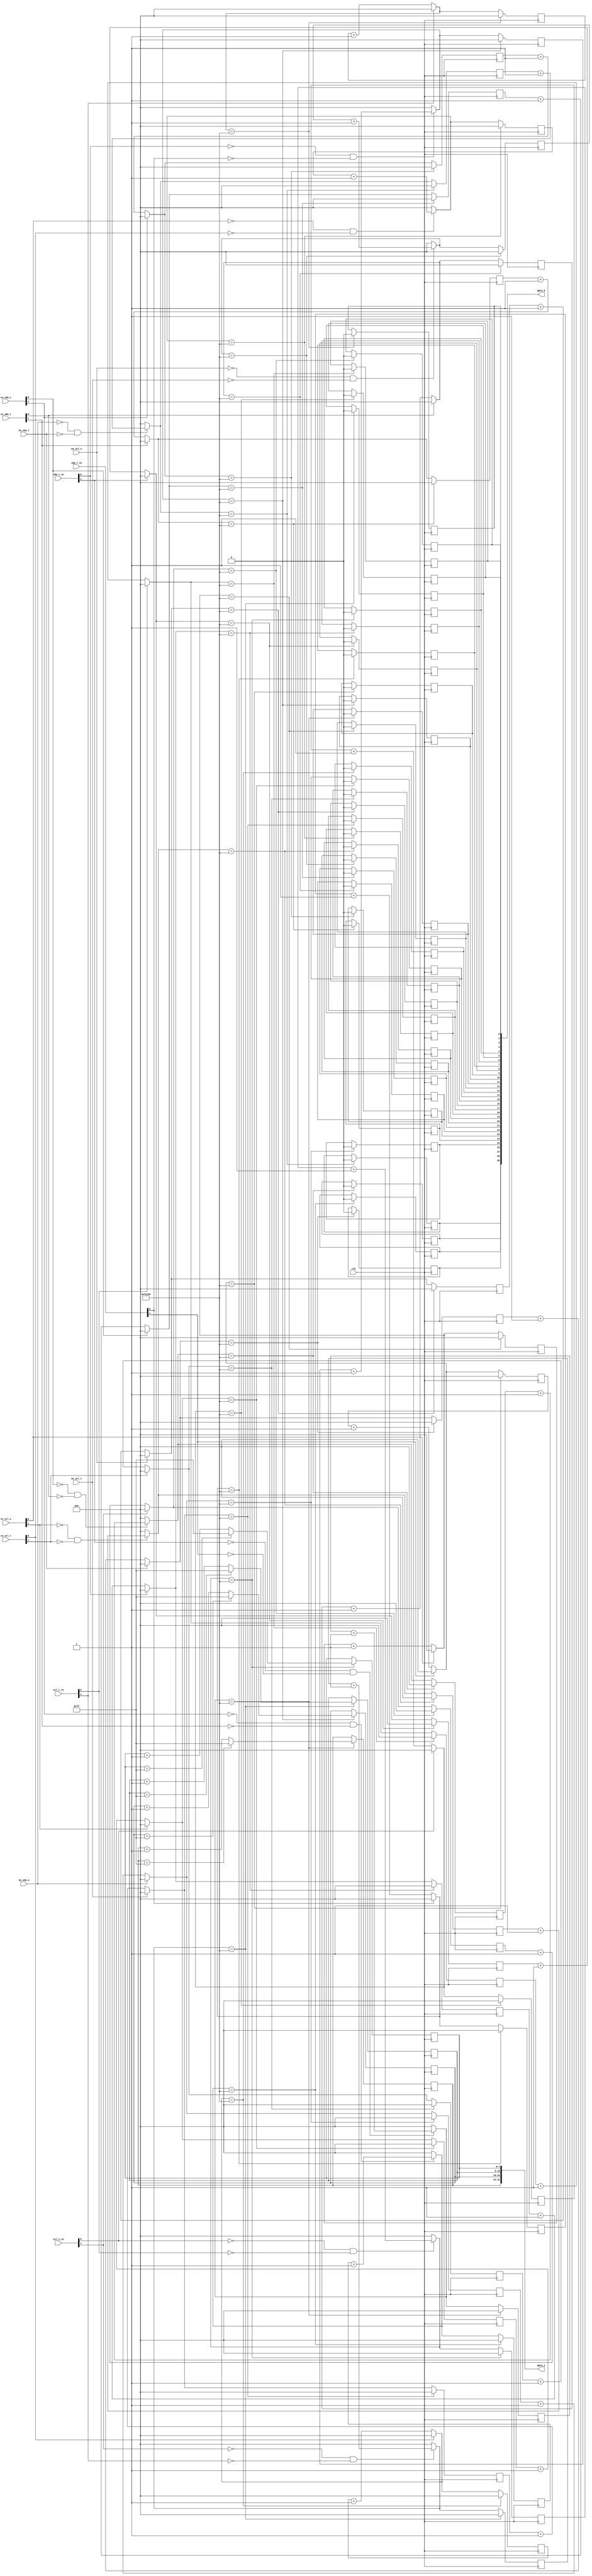
`timescale 1ns / 1ps
//////////////////////////////////////////////////////////////////////////////////
// Company: CERN
// Design Name: 
// Module Name: ipmb_watchdog
// Project Name: 
// Target Devices: 
// Tool Versions: 
// Description: 
// 
// Dependencies: 
// 
// Revision:
// Revision 0.01 - File Created
// Additional Comments:
// 
//////////////////////////////////////////////////////////////////////////////////

module ipmb_watchdog # (
   parameter integer TIMEOUT = 500000
)
(
    input clk,
    output [29:0] gpio_0,
    output [31:0] gpio_1,
    
    input [1:0] scl_i_in,
    input [1:0] scl_t_in,
    input [1:0] sda_i_in,
    input [1:0] sda_t_in,
    
    input [1:0] sv_scl_o,
    input [1:0] sv_scl_t,
    input ms_scl_o,
    input ms_scl_t,
    
    input [1:0] sv_sda_o,
    input [1:0] sv_sda_t,
    input ms_sda_o,
    input ms_sda_t      
);
    
    reg scl0_i;
    reg scl0_t;
    reg scl1_i;
    reg scl1_t;
    reg scl0_it;
    reg scl1_it;
    
    reg sda0_i;
    reg sda0_t;
    reg sda1_i;
    reg sda1_t;
    reg sda0_it;
    reg sda1_it;
    
    reg sv0_scl_o;
    reg sv0_scl_t;
    reg sv1_scl_o;
    reg sv1_scl_t;
    reg mst_scl_o;
    reg mst_scl_t;
    reg sv0_scl_ot;
    reg sv1_scl_ot;
    reg mst_scl_ot;
    
    reg sv0_sda_o;
    reg sv0_sda_t;
    reg sv1_sda_o;
    reg sv1_sda_t;
    reg mst_sda_o;
    reg mst_sda_t;
    reg sv0_sda_ot;
    reg sv1_sda_ot;
    reg mst_sda_ot;
    
    initial begin
        scl0_i      = 1'b1;
        scl0_t      = 1'b1;
        scl1_i      = 1'b1;
        scl1_t      = 1'b1;
        scl0_it     = 1'b1;
        scl1_it     = 1'b1;
        sda0_i      = 1'b1;
        sda0_t      = 1'b1;
        sda1_i      = 1'b1;
        sda1_t      = 1'b1;
        sda0_it     = 1'b1;
        sda1_it     = 1'b1;
        sv0_scl_o   = 1'b1;
        sv0_scl_t   = 1'b1;
        sv1_scl_o   = 1'b1;
        sv1_scl_t   = 1'b1;
        mst_scl_o   = 1'b1;
        mst_scl_t   = 1'b1;
        sv0_scl_ot  = 1'b1;
        sv1_scl_ot  = 1'b1;
        mst_scl_ot  = 1'b1;   
        sv0_sda_o   = 1'b1;
        sv0_sda_t   = 1'b1;
        sv1_sda_o   = 1'b1;
        sv1_sda_t   = 1'b1;
        mst_sda_o   = 1'b1;
        mst_sda_t   = 1'b1;
        sv0_sda_ot  = 1'b1;
        sv1_sda_ot  = 1'b1;
        mst_sda_ot  = 1'b1;
    end
    
    reg [19:0] scl0_i_cnt;
    reg [19:0] scl0_t_cnt;
    reg [19:0] scl1_i_cnt;
    reg [19:0] scl1_t_cnt;
    reg [19:0] scl0_it_cnt;
    reg [19:0] scl1_it_cnt;
    reg [19:0] sda0_i_cnt;
    reg [19:0] sda0_t_cnt;
    reg [19:0] sda1_i_cnt;
    reg [19:0] sda1_t_cnt;
    reg [19:0] sda0_it_cnt;
    reg [19:0] sda1_it_cnt;
    reg [19:0] sv0_scl_o_cnt;
    reg [19:0] sv0_scl_t_cnt;
    reg [19:0] sv1_scl_o_cnt;
    reg [19:0] sv1_scl_t_cnt;
    reg [19:0] mst_scl_o_cnt;
    reg [19:0] mst_scl_t_cnt;
    reg [19:0] sv0_scl_ot_cnt;
    reg [19:0] sv1_scl_ot_cnt;
    reg [19:0] mst_scl_ot_cnt;
    reg [19:0] sv0_sda_o_cnt;
    reg [19:0] sv0_sda_t_cnt;
    reg [19:0] sv1_sda_o_cnt;
    reg [19:0] sv1_sda_t_cnt;
    reg [19:0] mst_sda_o_cnt;
    reg [19:0] mst_sda_t_cnt;
    reg [19:0] sv0_sda_ot_cnt;
    reg [19:0] sv1_sda_ot_cnt;
    reg [19:0] mst_sda_ot_cnt;
    
    reg [7:0] gnd_scl0_it_cnt;
    reg [7:0] gnd_scl1_it_cnt;
    reg [7:0] gnd_sda0_it_cnt;
    reg [7:0] gnd_sda1_it_cnt;
    
    always @(posedge clk) begin
        if (scl_i_in[0] == 1'b0) begin
            scl0_i_cnt = scl0_i_cnt + 19'h1; 
        end else begin
            scl0_i_cnt = 19'h00;
        end
        
        if (scl_t_in[0] == 1'b0) begin
            scl0_t_cnt = scl0_t_cnt + 19'h1; 
        end else begin
            scl0_t_cnt = 19'h00;
        end
        
        if (scl_i_in[1] == 1'b0) begin
            scl1_i_cnt = scl1_i_cnt + 19'h1; 
        end else begin
            scl1_i_cnt = 19'h00;
        end
        
        if (scl_t_in[1] == 1'b0) begin
            scl1_t_cnt = scl1_t_cnt + 19'h1; 
        end else begin
            scl1_t_cnt = 19'h00;
        end
        
        if (scl_i_in[0] == 1'b0 && scl_t_in[0] == 1'b0) begin
            scl0_it_cnt = scl0_it_cnt + 19'h1; 
        end else begin
            scl0_it_cnt = 19'h00;
        end
        
        if (scl_i_in[1] == 1'b0 && scl_t_in[1] == 1'b0) begin
            scl1_it_cnt = scl1_it_cnt + 19'h1; 
        end else begin
            scl1_it_cnt = 19'h00;
        end
                                
        if (sda_i_in[0] == 1'b0) begin
            sda0_i_cnt = sda0_i_cnt + 19'h1; 
        end else begin
            sda0_i_cnt = 19'h00;
        end
        
        if (sda_t_in[0] == 1'b0) begin
            sda0_t_cnt = sda0_t_cnt + 19'h1; 
        end else begin
            sda0_t_cnt = 19'h00;
        end
        
        if (sda_i_in[1] == 1'b0) begin
            sda1_i_cnt = sda1_i_cnt + 19'h1; 
        end else begin
            sda1_i_cnt = 19'h00;
        end
        
        if (sda_t_in[1] == 1'b0) begin
            sda1_t_cnt = sda1_t_cnt + 19'h1; 
        end else begin
            sda1_t_cnt = 19'h00;
        end
        
        if (sda_i_in[0] == 1'b0 && sda_t_in[0] == 1'b0) begin
            sda0_it_cnt = sda0_it_cnt + 19'h1; 
        end else begin
            sda0_it_cnt = 19'h00;
        end
        
        if (sda_i_in[1] == 1'b0 && sda_t_in[1] == 1'b0) begin
            sda1_it_cnt = sda1_it_cnt + 19'h1; 
        end else begin
            sda1_it_cnt = 19'h00;
        end
         
        if (sv_scl_o[0] == 1'b0) begin
            sv0_scl_o_cnt = sv0_scl_o_cnt + 19'h1; 
        end else begin
            sv0_scl_o_cnt = 19'h00;
        end
        
        if (sv_scl_t[0] == 1'b0) begin
            sv0_scl_t_cnt = sv0_scl_t_cnt + 19'h1; 
        end else begin
            sv0_scl_t_cnt = 19'h00;
        end
        
        if (sv_scl_o[1] == 1'b0) begin
            sv1_scl_o_cnt = sv1_scl_o_cnt + 19'h1; 
        end else begin
            sv1_scl_o_cnt = 19'h00;
        end
        
        if (sv_scl_t[1] == 1'b0) begin
            sv1_scl_t_cnt = sv1_scl_t_cnt + 19'h1; 
        end else begin
            sv1_scl_t_cnt = 19'h00;
        end
        
        if (ms_scl_o == 1'b0) begin
            mst_scl_o_cnt = mst_scl_o_cnt + 19'h1; 
        end else begin
            mst_scl_o_cnt = 19'h00;
        end
        
        if (ms_scl_t == 1'b0) begin
            mst_scl_t_cnt = mst_scl_t_cnt + 19'h1; 
        end else begin
            mst_scl_t_cnt = 19'h00;
        end
        
        if (sv_scl_o[0] == 1'b0 && sv_scl_t[0] == 1'b0) begin
            sv0_scl_ot_cnt = sv0_scl_ot_cnt + 19'h1; 
        end else begin
            sv0_scl_ot_cnt = 19'h00;
        end
        
        if (sv_scl_o[1] == 1'b0 && sv_scl_t[1] == 1'b0) begin
            sv1_scl_ot_cnt = sv1_scl_ot_cnt + 19'h1; 
        end else begin
            sv1_scl_ot_cnt = 19'h00;
        end
        
        if (ms_scl_o == 1'b0 && ms_scl_t == 1'b0) begin
            mst_scl_ot_cnt = mst_scl_ot_cnt + 19'h1; 
        end else begin
            mst_scl_ot_cnt = 19'h00;
        end       
         
        if (sv_sda_o[0] == 1'b0) begin
            sv0_sda_o_cnt = sv0_sda_o_cnt + 19'h1; 
        end else begin
            sv0_sda_o_cnt = 19'h00;
        end
        
        if (sv_sda_t[0] == 1'b0) begin
            sv0_sda_t_cnt = sv0_sda_t_cnt + 19'h1; 
        end else begin
            sv0_sda_t_cnt = 19'h00;
        end
        
        if (sv_sda_o[1] == 1'b0) begin
            sv1_sda_o_cnt = sv1_sda_o_cnt + 19'h1; 
        end else begin
            sv1_sda_o_cnt = 19'h00;
        end
        
        if (sv_sda_t[1] == 1'b0) begin
            sv1_sda_t_cnt = sv1_sda_t_cnt + 19'h1; 
        end else begin
            sv1_sda_t_cnt = 19'h00;
        end
        
        if (ms_sda_o == 1'b0) begin
            mst_sda_o_cnt = mst_sda_o_cnt + 19'h1; 
        end else begin
            mst_sda_o_cnt = 19'h00;
        end
        
        if (ms_sda_t == 1'b0) begin
            mst_sda_t_cnt = mst_sda_t_cnt + 19'h1; 
        end else begin
            mst_sda_t_cnt = 19'h00;
        end
        
        if (sv_sda_o[0] == 1'b0 && sv_sda_t[0] == 1'b0) begin
            sv0_sda_ot_cnt = sv0_sda_ot_cnt + 19'h1; 
        end else begin
            sv0_sda_ot_cnt = 19'h00;
        end
        
        if (sv_sda_o[1] == 1'b0 && sv_sda_t[1] == 1'b0) begin
            sv1_sda_ot_cnt = sv1_sda_ot_cnt + 19'h1; 
        end else begin
            sv1_sda_ot_cnt = 19'h00;
        end
        
        if (ms_sda_o == 1'b0 && ms_sda_t == 1'b0) begin
            mst_sda_ot_cnt = mst_sda_ot_cnt + 19'h1; 
        end else begin
            mst_sda_ot_cnt = 19'h00;
        end
         
        if (scl0_i_cnt == TIMEOUT) begin
            scl0_i = 1'b0;
            scl0_i_cnt = 19'h00;
        end 
        
        if (scl0_t_cnt == TIMEOUT) begin
            scl0_t = 1'b0;
            scl0_t_cnt = 19'h00;
        end  
        
        if (scl1_i_cnt == TIMEOUT) begin
            scl1_i = 1'b0;
            scl1_i_cnt = 19'h00;
        end 
        
        if (scl1_t_cnt == TIMEOUT) begin
            scl1_t = 1'b0;
            scl1_t_cnt = 19'h00;
        end
        
        if (scl0_it_cnt == TIMEOUT) begin
            scl0_it = 1'b0;
            scl0_it_cnt = 19'h00;
            if (gnd_scl0_it_cnt == 8'hff) begin
                gnd_scl0_it_cnt = 8'hff;
            end else begin
                gnd_scl0_it_cnt = gnd_scl0_it_cnt + 8'h1;    
            end
        end
        
        if (scl1_it_cnt == TIMEOUT) begin
            scl1_it = 1'b0;
            scl1_it_cnt = 19'h00;
            if (gnd_scl1_it_cnt == 8'hff) begin
                gnd_scl1_it_cnt = 8'hff;
            end else begin
                gnd_scl1_it_cnt = gnd_scl1_it_cnt + 8'h1;    
            end
        end
                                       
        if (sda0_i_cnt == TIMEOUT) begin
            sda0_i = 1'b0;
            sda0_i_cnt = 19'h00;
        end 
        
        if (sda0_t_cnt == TIMEOUT) begin
            sda0_t = 1'b0;
            sda0_t_cnt = 19'h00;
        end  
        
        if (sda1_i_cnt == TIMEOUT) begin
            sda1_i = 1'b0;
            sda1_i_cnt = 19'h00;
        end 
        
        if (sda1_t_cnt == TIMEOUT) begin
            sda1_t = 1'b0;
            sda1_t_cnt = 19'h00;
        end
        
        if (sda0_it_cnt == TIMEOUT) begin
            sda0_it = 1'b0;
            sda0_it_cnt = 19'h00;
            if (gnd_sda0_it_cnt == 8'hff) begin
                gnd_sda0_it_cnt = 8'hff;
            end else begin
                gnd_sda0_it_cnt = gnd_sda0_it_cnt + 8'h1;    
            end
        end
        
        if (sda1_it_cnt == TIMEOUT) begin
            sda1_it = 1'b0;
            sda1_it_cnt = 19'h00;
            if (gnd_sda1_it_cnt == 8'hff) begin
                gnd_sda1_it_cnt = 8'hff;
            end else begin
                gnd_sda1_it_cnt = gnd_sda1_it_cnt + 8'h1;    
            end
        end
                                
        if (sv0_scl_o_cnt == TIMEOUT) begin
            sv0_scl_o = 1'b0;
            sv0_scl_o_cnt = 19'h00;
        end
        
        if (sv0_scl_t_cnt == TIMEOUT) begin
            sv0_scl_t = 1'b0;
            sv0_scl_t_cnt = 19'h00;
        end
        
        if (sv1_scl_o_cnt == TIMEOUT) begin
            sv1_scl_o = 1'b0;
            sv1_scl_o_cnt = 19'h00;
        end
        
        if (sv1_scl_t_cnt == TIMEOUT) begin
            sv1_scl_t = 1'b0;
            sv1_scl_t_cnt = 19'h00;
        end
        
        if (mst_scl_o_cnt == TIMEOUT) begin
            mst_scl_o = 1'b0;
            mst_scl_o_cnt = 19'h00;
        end
        
        if (mst_scl_t_cnt == TIMEOUT) begin
            mst_scl_t = 1'b0;
            mst_scl_t_cnt = 19'h00;
        end
        
        if (sv0_scl_ot_cnt == TIMEOUT) begin
            sv0_scl_ot = 1'b0;
            sv0_scl_ot_cnt = 19'h00;
        end
        
        if (sv1_scl_ot_cnt == TIMEOUT) begin
            sv1_scl_ot = 1'b0;
            sv1_scl_ot_cnt = 19'h00;
        end
        
        if (mst_scl_ot_cnt == TIMEOUT) begin
            mst_scl_ot = 1'b0;
            mst_scl_ot_cnt = 19'h00;
        end
                                       
        if (sv0_sda_o_cnt == TIMEOUT) begin
            sv0_sda_o = 1'b0;
            sv0_sda_o_cnt = 19'h00;
        end
        
        if (sv0_sda_t_cnt == TIMEOUT) begin
            sv0_sda_t = 1'b0;
            sv0_sda_t_cnt = 19'h00;
        end
        
        if (sv1_sda_o_cnt == TIMEOUT) begin
            sv1_sda_o = 1'b0;
            sv1_sda_o_cnt = 19'h00;
        end
        
        if (sv1_sda_t_cnt == TIMEOUT) begin
            sv1_sda_t = 1'b0;
            sv1_sda_t_cnt = 19'h00;
        end
        
        if (mst_sda_o_cnt == TIMEOUT) begin
            mst_sda_o = 1'b0;
            mst_sda_o_cnt = 19'h00;
        end
        
        if (mst_sda_t_cnt == TIMEOUT) begin
            mst_sda_t = 1'b0;
            mst_sda_t_cnt = 19'h00;
        end
        
        if (sv0_sda_ot_cnt == TIMEOUT) begin
            sv0_sda_ot = 1'b0;
            sv0_sda_ot_cnt = 19'h00;
        end
        
        if (sv1_sda_ot_cnt == TIMEOUT) begin
            sv1_sda_ot = 1'b0;
            sv1_sda_ot_cnt = 19'h00;
        end
        
        if (mst_sda_ot_cnt == TIMEOUT) begin
            mst_sda_ot = 1'b0;
            mst_sda_ot_cnt = 19'h00;
        end
    end
    
    assign gpio_0[0]  = scl0_i;
    assign gpio_0[1]  = scl0_t;
    assign gpio_0[2]  = scl1_i;
    assign gpio_0[3]  = scl1_t;
    assign gpio_0[4]  = scl0_it;
    assign gpio_0[5]  = scl1_it;
    assign gpio_0[6]  = sda0_i;
    assign gpio_0[7]  = sda0_t;
    assign gpio_0[8]  = sda1_i;
    assign gpio_0[9]  = sda1_t;
    assign gpio_0[10] = sda0_it;
    assign gpio_0[11] = sda1_it;
    assign gpio_0[12]  = sv0_scl_o;
    assign gpio_0[13]  = sv0_scl_t;
    assign gpio_0[14]  = sv1_scl_o;
    assign gpio_0[15]  = sv1_scl_t;
    assign gpio_0[16]  = mst_scl_o;
    assign gpio_0[17]  = mst_scl_t;
    assign gpio_0[18]  = sv0_scl_ot;
    assign gpio_0[19]  = sv1_scl_ot;
    assign gpio_0[20]  = mst_scl_ot;
    assign gpio_0[21]  = sv0_sda_o;
    assign gpio_0[22]  = sv0_sda_t;
    assign gpio_0[23]  = sv1_sda_o;
    assign gpio_0[24]  = sv1_sda_t;
    assign gpio_0[25]  = mst_sda_o;
    assign gpio_0[26]  = mst_sda_t;
    assign gpio_0[27]  = sv0_sda_ot;
    assign gpio_0[28]  = sv1_sda_ot;
    assign gpio_0[29]  = mst_sda_ot;   
    assign gpio_1[7:0]    = gnd_scl0_it_cnt;
    assign gpio_1[15:8]   = gnd_scl1_it_cnt;
    assign gpio_1[23:16]  = gnd_sda0_it_cnt;
    assign gpio_1[31:24]  = gnd_sda1_it_cnt;
endmodule